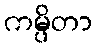
ကမ္ပိတာ